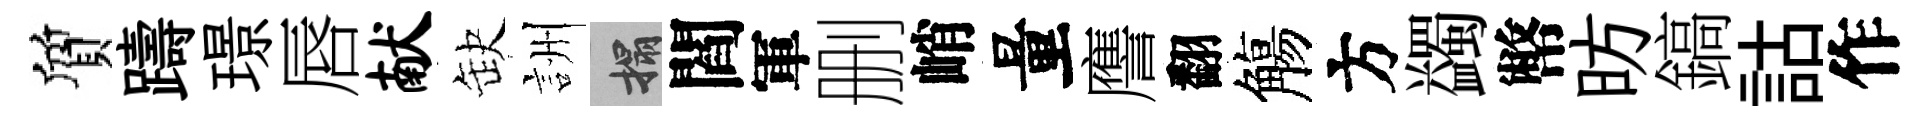
質躊璟唇献缺詶搨閻軍删峭量譍翻觴方蠲幣昉鎬詁作